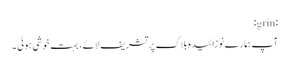
:grin:
آپ ہمارے نوزائیدہ بلاگ پر تشریف لائے، بہت خوشی ہوئی ۔